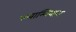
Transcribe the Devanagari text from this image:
ल्लाम्बियास